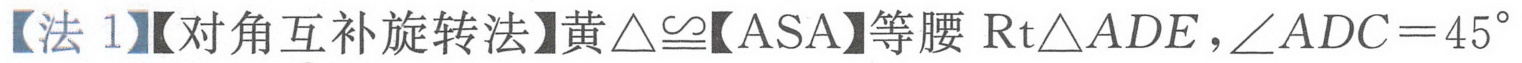
【法 1】【对角互补旋转法】黄$\triangle\cong$【ASA】等腰$\text{Rt}\triangle ADE,\angle ADC = 45^{\circ}$